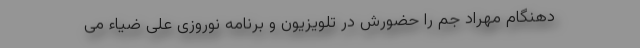
دهنگام مهراد جم را حضورش در تلویزیون و برنامه نوروزی علی ضیاء می‌